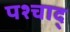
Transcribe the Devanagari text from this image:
पश्चाद्